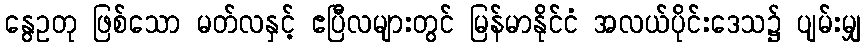
နွေဥတု ဖြစ်သော မတ်လနှင့် ဧပြီလများတွင် မြန်မာနိုင်ငံ အလယ်ပိုင်းဒေသ၌ ပျမ်းမျှ